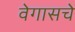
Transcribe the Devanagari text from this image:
वेगासचे